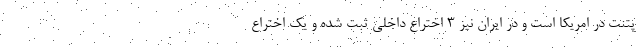
پتنت در امریکا است و در ایران نیز ۳ اختراع داخلی ثبت شده و یک اختراع